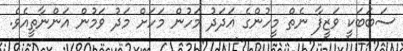
ސަބަބަކީ ވަޒީފާ ނެތް މީހުންގެ އަދަދު މަހުން މަހަށް މަދު ވަމުން އަންނާތީއެވެ.